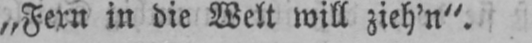
„Fern in die Welt will zieh’n“.